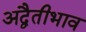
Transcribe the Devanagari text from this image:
अद्वैतीभाव